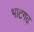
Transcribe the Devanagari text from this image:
भाटगढ़